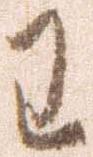
わ